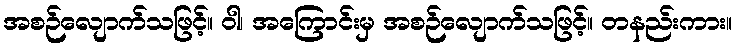
အစဉ်လျောက်သဖြင့်။ ဝါ၊ အကြောင်းမှ အစဉ်လျောက်သဖြင့်။ တနည်းကား။